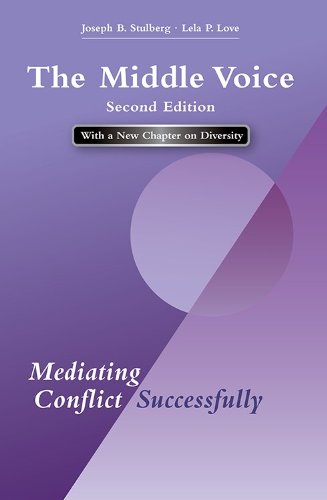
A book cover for The Middle Voice: Mediating Conflict Successfully, Second Edition; Joseph B. Stulberg; Law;